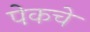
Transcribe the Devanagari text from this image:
पेकचे